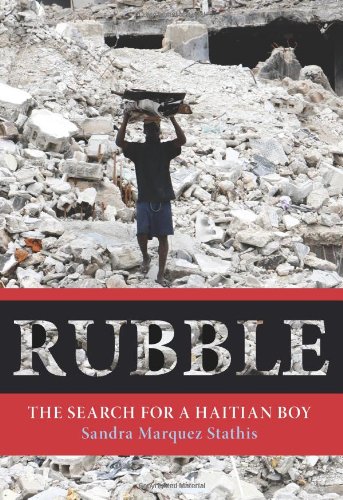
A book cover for Rubble: The Search For A Haitian Boy; Sandra Marquez Dr Stathis; Travel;